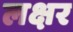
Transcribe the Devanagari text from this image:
लक्षर